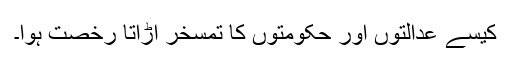
کیسے عدالتوں اور حکومتوں کا تمسخر اڑاتا رخصت ہوا۔